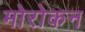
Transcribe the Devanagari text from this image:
मोरोकन